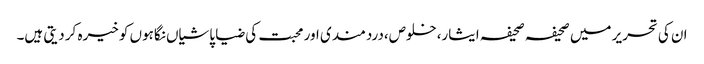
ان کی تحریر میں صحیفہ صحیفہ ایثار،خلوص،دردمندی اور محبت کی ضیا پاشیاں نگاہوں کو خیرہ کر دیتی ہیں۔